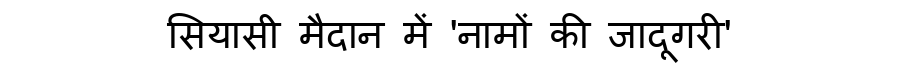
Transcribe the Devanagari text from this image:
सियासी मैदान में 'नामों की जादूगरी'